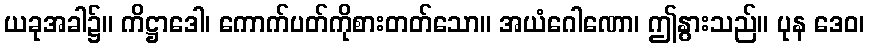
ယခုအခါ၌။ ကိဋ္ဌာဒေါ၊ ကောက်ပတ်ကိုစားတတ်သော။ အယံဂေါဏော၊ ဤနွားသည်။ ပုန ဒေဝ၊